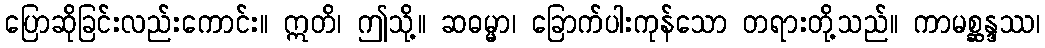
ပြောဆိုခြင်းလည်းကောင်း။ ဣတိ၊ ဤသို့။ ဆဓမ္မာ၊ ခြောက်ပါးကုန်သော တရားတို့သည်။ ကာမစ္ဆန္ဒဿ၊